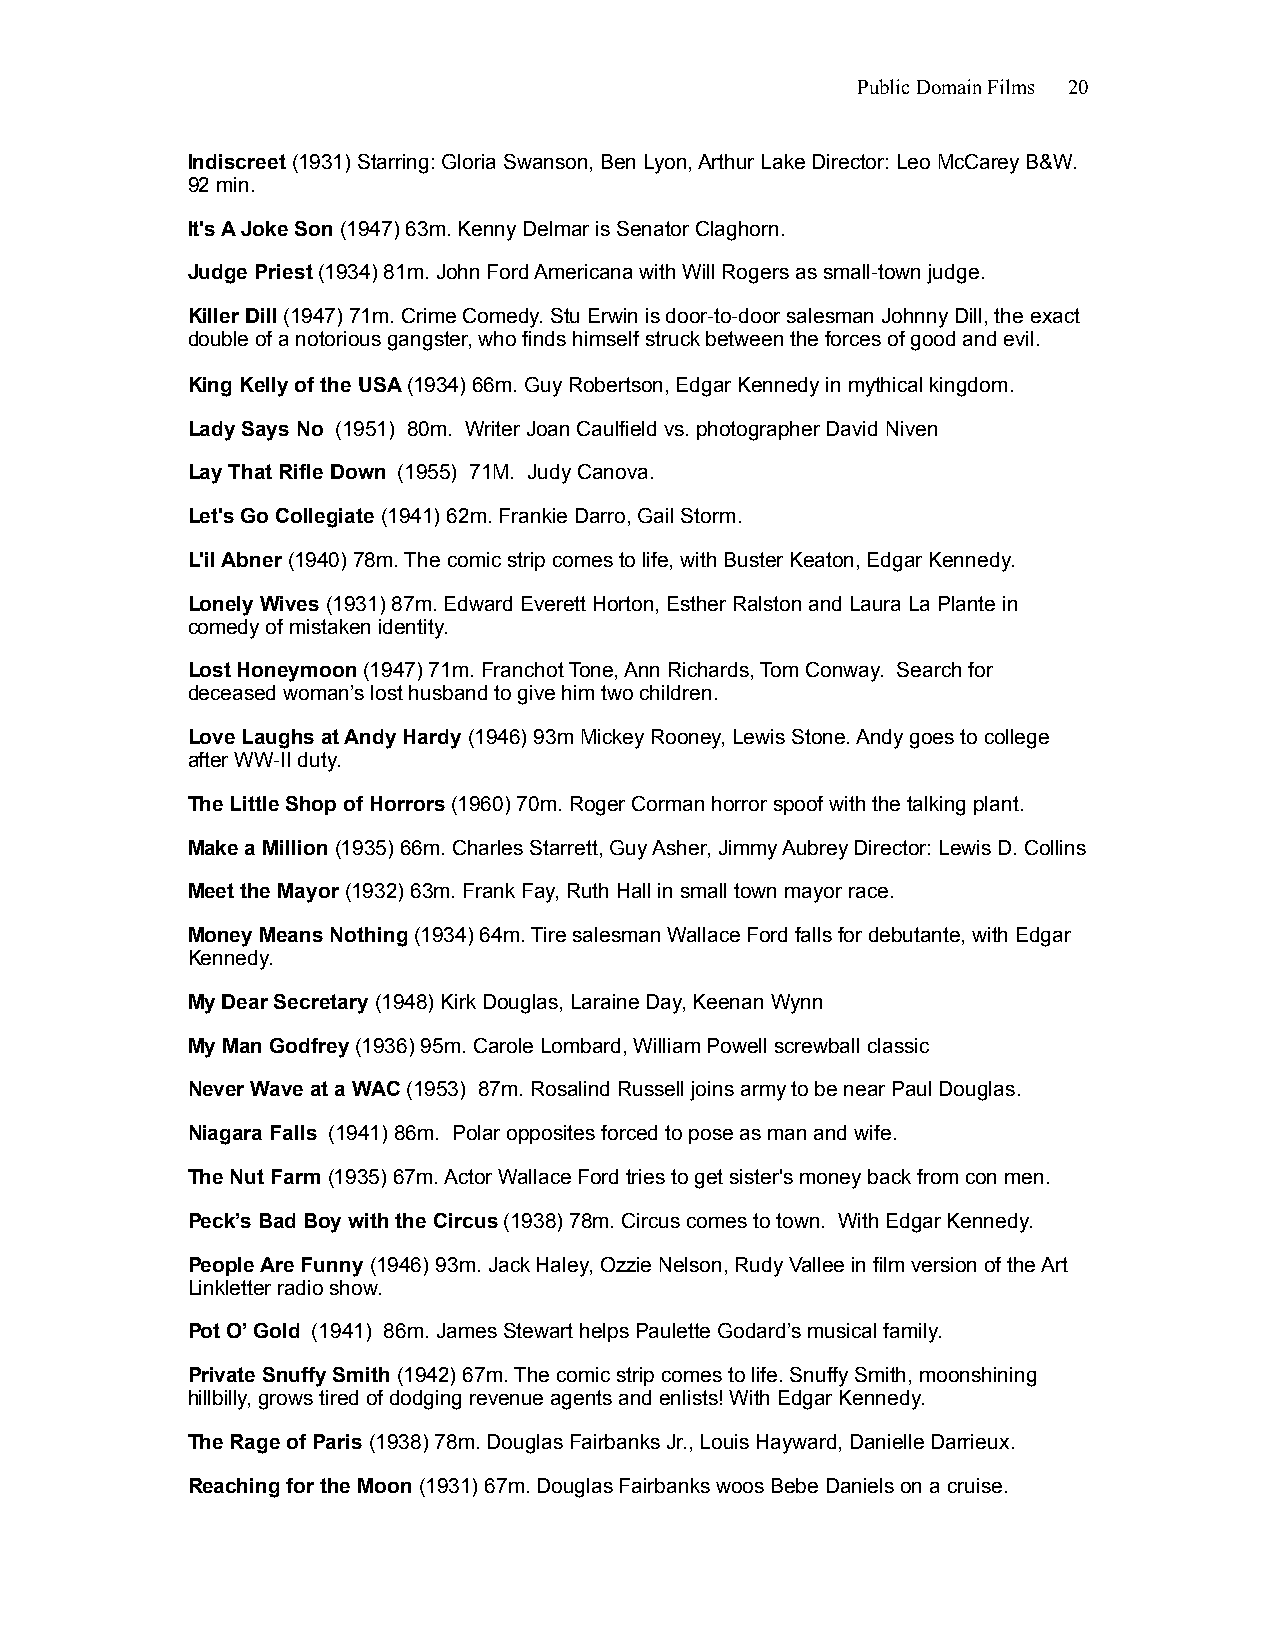
Public Domain Films 20
 Indiscreet (1931) Starring: Gloria Swanson, Ben Lyon, Arthur Lake Director: Leo McCarey B&W.
 92 min.
 It's A Joke Son (1947) 63m. Kenny Delmar is Senator Claghorn.
 Judge Priest (1934) 81m. John Ford Americana with Will Rogers as small-town judge.
 Killer Dill (1947) 71m. Crime Comedy. Stu Erwin is door-to-door salesman Johnny Dill, the exact
 double of a notorious gangster, who finds himself struck between the forces of good and evil.
 King Kelly of the USA (1934) 66m. Guy Robertson, Edgar Kennedy in mythical kingdom.
 Lady Says No (1951) 80m. Writer Joan Caulfield vs. photographer David Niven
 Lay That Rifle Down (1955) 71M. Judy Canova.
 Let's Go Collegiate (1941) 62m. Frankie Darro, Gail Storm.
 L'il Abner (1940) 78m. The comic strip comes to life, with Buster Keaton, Edgar Kennedy.
 Lonely Wives (1931) 87m. Edward Everett Horton, Esther Ralston and Laura La Plante in
 comedy of mistaken identity.
 Lost Honeymoon (1947) 71m. Franchot Tone, Ann Richards, Tom Conway. Search for
 deceased woman’s lost husband to give him two children.
 Love Laughs at Andy Hardy (1946) 93m Mickey Rooney, Lewis Stone. Andy goes to college
 after WW-II duty.
 The Little Shop of Horrors (1960) 70m. Roger Corman horror spoof with the talking plant.
 Make a Million (1935) 66m. Charles Starrett, Guy Asher, Jimmy Aubrey Director: Lewis D. Collins
 Meet the Mayor (1932) 63m. Frank Fay, Ruth Hall in small town mayor race.
 Money Means Nothing (1934) 64m. Tire salesman Wallace Ford falls for debutante, with Edgar
 Kennedy.
 My Dear Secretary (1948) Kirk Douglas, Laraine Day, Keenan Wynn
 My Man Godfrey (1936) 95m. Carole Lombard, William Powell screwball classic
 Never Wave at a WAC (1953) 87m. Rosalind Russell joins army to be near Paul Douglas.
 Niagara Falls (1941) 86m. Polar opposites forced to pose as man and wife.
 The Nut Farm (1935) 67m. Actor Wallace Ford tries to get sister's money back from con men.
 Peck’s Bad Boy with the Circus (1938) 78m. Circus comes to town. With Edgar Kennedy.
 People Are Funny (1946) 93m. Jack Haley, Ozzie Nelson, Rudy Vallee in film version of the Art
 Linkletter radio show.
 Pot O’ Gold (1941) 86m. James Stewart helps Paulette Godard’s musical family.
 Private Snuffy Smith (1942) 67m. The comic strip comes to life. Snuffy Smith, moonshining
 hillbilly, grows tired of dodging revenue agents and enlists! With Edgar Kennedy.
 The Rage of Paris (1938) 78m. Douglas Fairbanks Jr., Louis Hayward, Danielle Darrieux.
 Reaching for the Moon (1931) 67m. Douglas Fairbanks woos Bebe Daniels on a cruise.